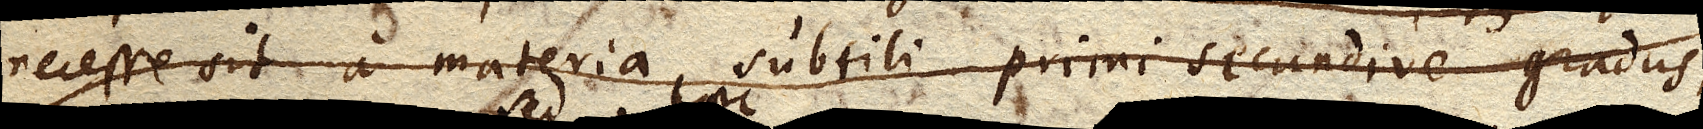
necesse sit a materia subtili primi secundive gradus,